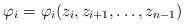
LaTeX: \begin{align*}\varphi_i=\varphi_i(z_i,z_{i+1},\ldots,z_{n-1})\end{align*}